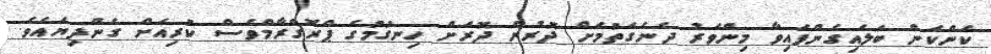
ކަންކަން ބަލައިގެންފައިވާ މިންވަރު ދެނެގަތުމަށް ދޮރުން ދޮރަށް ހިނގުމުގެ ޕްރޮގްރާމްވެސް ކުރިއަށް ގެންދިޔައެވެ.